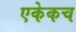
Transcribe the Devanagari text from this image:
एकेकच